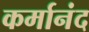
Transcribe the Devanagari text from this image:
कर्मानंद